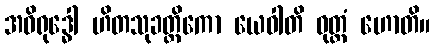
အဝိရုဒ္ဓေါ ဟိတသုခတ္ထိကော ယေဝါတိ ဝုတ္တံ ဟောတိ။